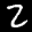
Label: 2